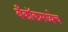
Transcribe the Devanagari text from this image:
बँकॉकमध्येच